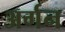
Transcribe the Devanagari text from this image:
अर्गन